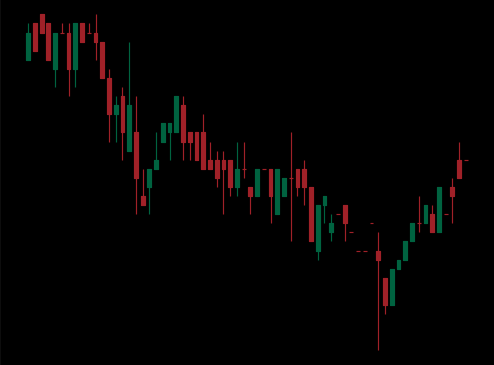
Pattern: bull_flag